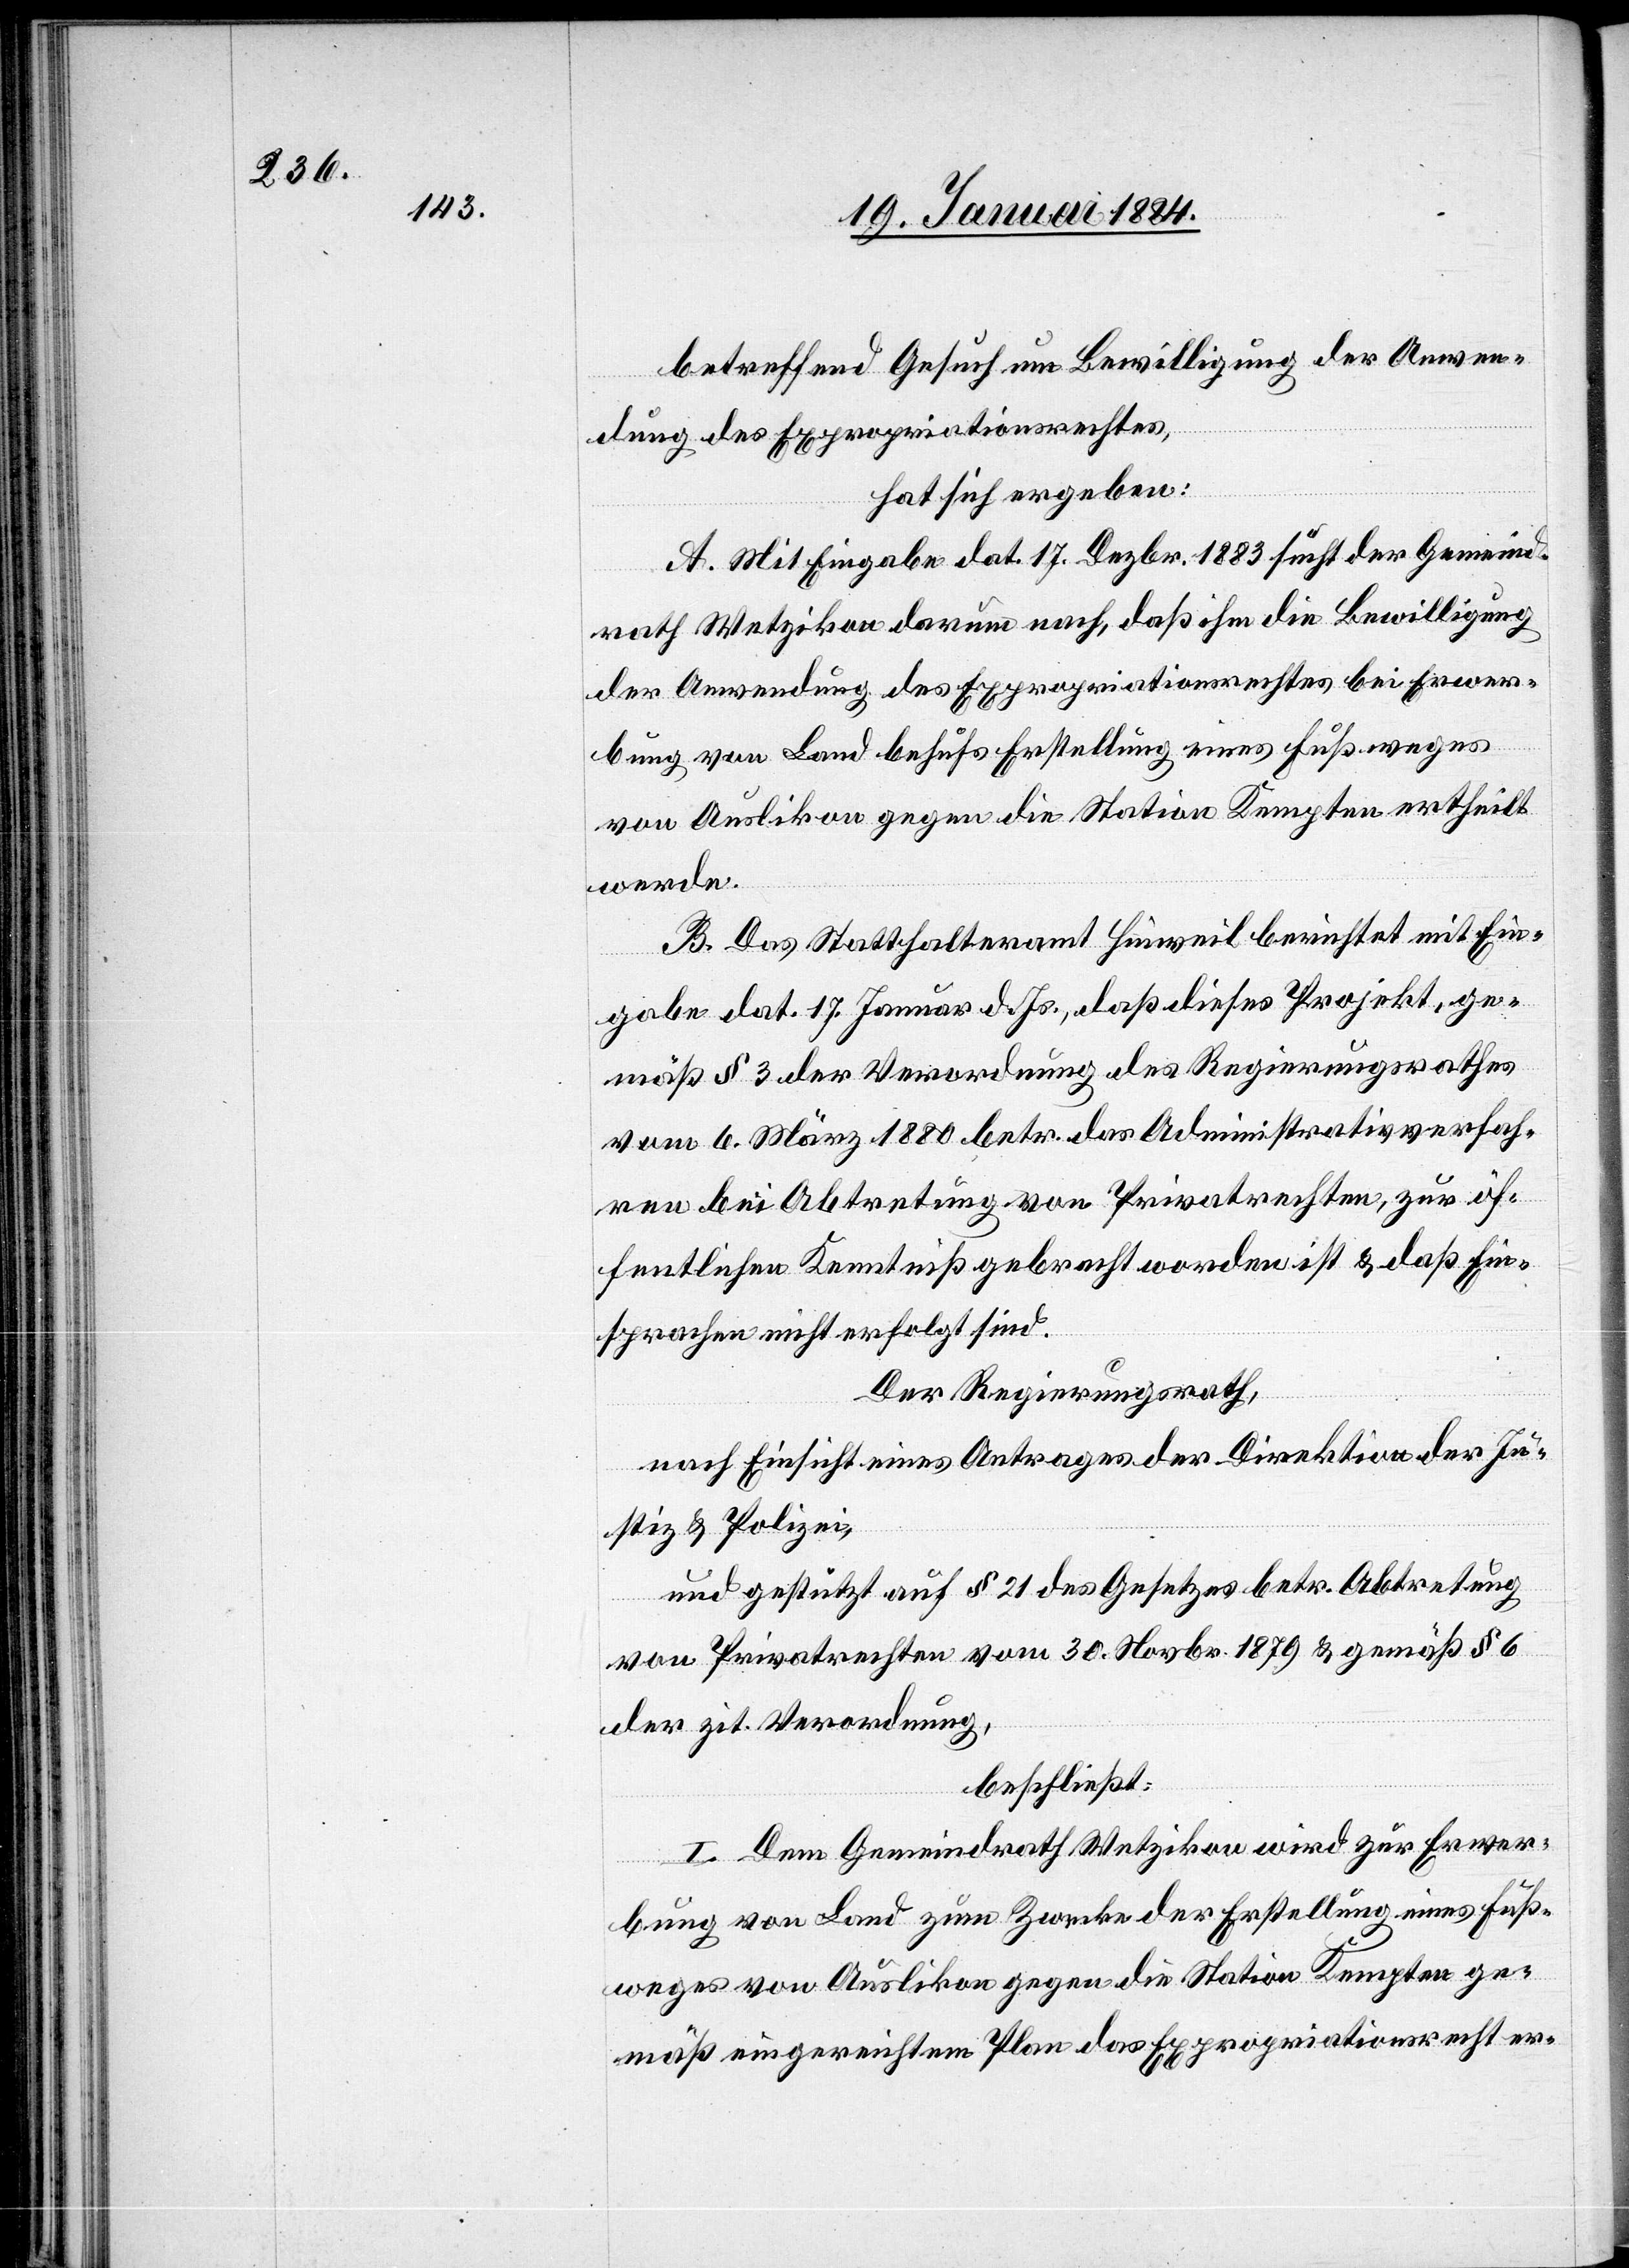
betreffend Gesuch um Bewilligung der Anwen¬
dung des Expropriationsrechtes,
hat sich ergeben:
A. Mit Eingabe dat. 17. Dezbr. 1883 sucht der Gemeind¬
rath Wetzikon darum nach, daß ihm die Bewilligung
der Anwendung des Expropriationsrechtes bei Erwer¬
bung von Land behufs Erstellung eines Fußweges
von Auslikon gegen die Station Kempten ertheilt
werde.
B. Das Statthalteramt Hinweil berichtet mit Ein¬
gabe dat. 17. Januar d. Js., daß dieses Projekt, ge¬
mäß § 3 der Verordnung des Regierungsrathes
vom 6. März 1880 betr. das Administrativverfah¬
ren bei Abtretung von Privatrechten, zur öf¬
fentlichen Kenntniß gebracht worden ist & daß Ein¬
sprachen nicht erfolgt sind.
Der Regierungsrath,
nach Einsicht eines Antrages der Direktion der Ju¬
stiz & Polizei,
und gestützt auf § 21 des Gesetzes betr. Abtretung
von Privatrechten vom 30. Novbr. 1879 & gemäß § 6
der zit. Verordnung,
beschließt:
I. Dem Gemeindrath Wetzikon wird zur Erwer¬
bung von Land zum Zwecke der Erstellung eines Fuß¬
weges von Auslikon gegen die Station Kempten ge¬
mäß eingereichtem Plan das Expropriationsrecht er-